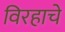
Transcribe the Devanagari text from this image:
विरहाचे